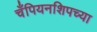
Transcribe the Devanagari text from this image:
चँपियनशिपच्या